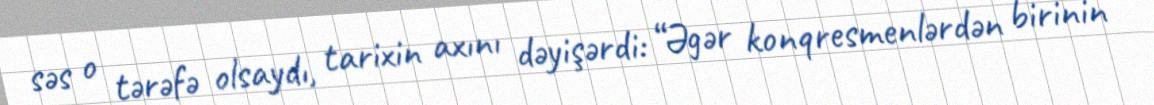
səs o tərəfə olsaydı, tarixin axını dəyişərdi: “Əgər konqresmenlərdən birinin